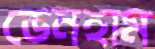
ডেনহাম